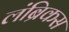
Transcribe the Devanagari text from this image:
लंब्रिकस